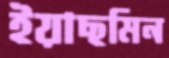
ইয়াছমিন